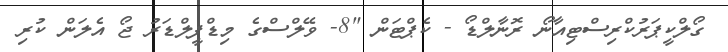
ގޯލްކީޕަރުކްރިސްޓިއާނޯ ރޮނާލްޑޯ - ކެޕްޓަން "8- ވޭލްސްގެ މިޑްފީލްޑަރު ޖޯ އެލަން ކުރި